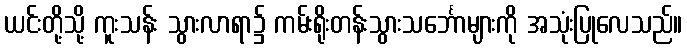
ယင်းတို့သို့ ကူးသန်း သွားလာရာ၌ ကမ်းရိုးတန်းသွားသင်္ဘောများကို အသုံးပြုလေသည်။